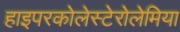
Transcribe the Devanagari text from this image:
हाइपरकोलेस्टेरोलेमिया